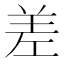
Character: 差